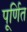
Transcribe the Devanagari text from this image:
पूर्णित